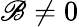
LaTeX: \mathscr{B}\neq0